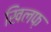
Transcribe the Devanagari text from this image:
खिलफ़